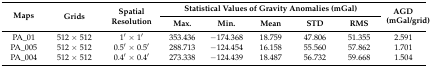
<table><thead><tr><td rowspan="2"><b>Maps</b></td><td rowspan="2"><b>Grids</b></td><td rowspan="2"><b>Spatial Resolution</b></td><td colspan="5"><b>Statistical Values of Gravity Anomalies (mGal)</b></td><td rowspan="2"><b>AGD (mGal/grid)</b></td></tr><tr><td><b>Max.</b></td><td><b>Min.</b></td><td><b>Mean</b></td><td><b>STD</b></td><td><b>RMS</b></td></tr></thead><tbody><tr><td>PA_01</td><td>512 × 512</td><td>1′ × 1′</td><td>353.436</td><td>−174.368</td><td>18.759</td><td>47.806</td><td>51.355</td><td>2.591</td></tr><tr><td>PA_005</td><td>512 × 512</td><td>0.5′ × 0.5′</td><td>288.713</td><td>−124.454</td><td>16.158</td><td>55.560</td><td>57.862</td><td>1.701</td></tr><tr><td>PA_004</td><td>512 × 512</td><td>0.4′ × 0.4′</td><td>273.338</td><td>−124.439</td><td>18.487</td><td>56.732</td><td>59.668</td><td>1.504</td></tr></tbody></table>